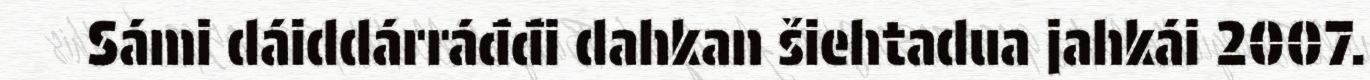
Sámi dáiddárráđđi dahkan šiehtadua jahkái 2007.